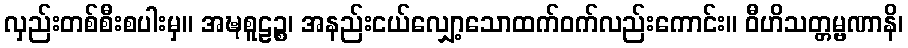
လှည်းတစ်စီးစပါးမှ။ အဍ္ဎစူဠဉ္စ၊ အနည်းငယ်လျှော့သောထက်ဝက်လည်းကောင်း။ ဝီဟိသတ္တမ္ဗဏာနိ၊